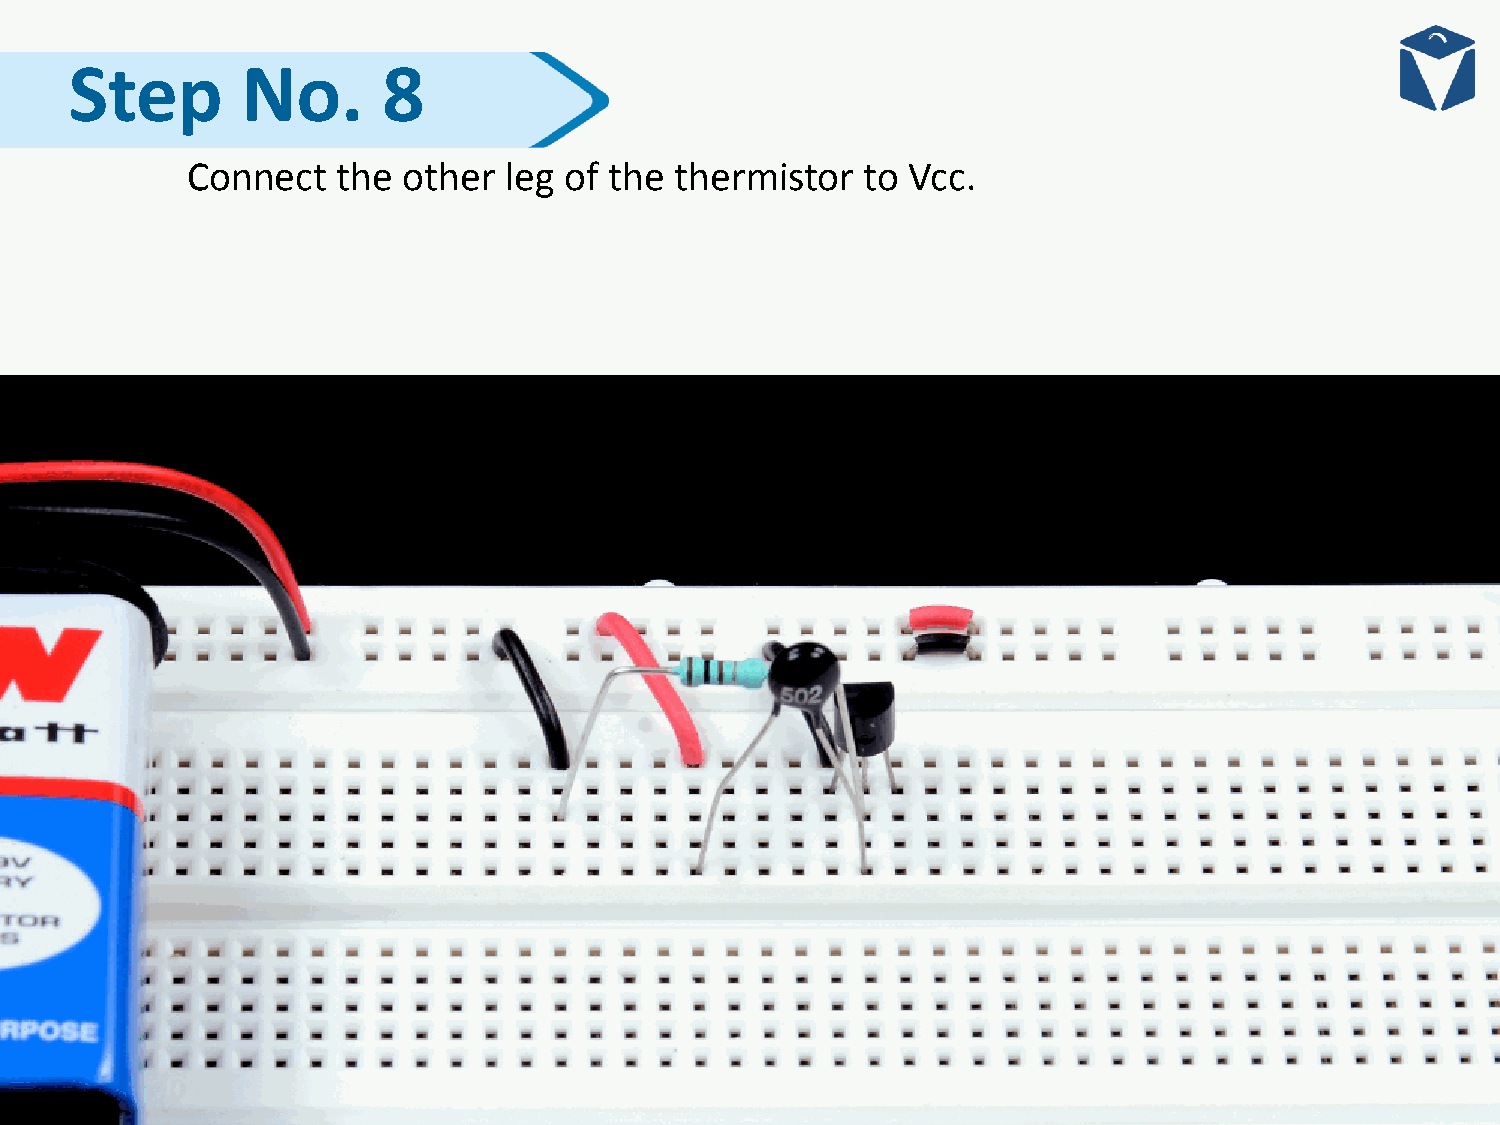
Step       No.      8
 Connect   the  other leg of the  thermistor  to Vcc.